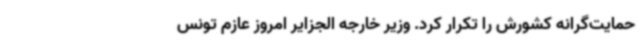
حمایت‌گرانه کشورش را تکرار کرد. وزیر خارجه الجزایر امروز عازم تونس